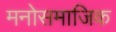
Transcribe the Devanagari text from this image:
मनोसमाजिक